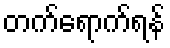
တက်ရောက်ရန်